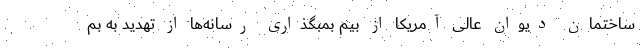
ساختمان دیوان عالی آمریکا از بیم بمبگذاری رسانه‌ها از تهدید به بم